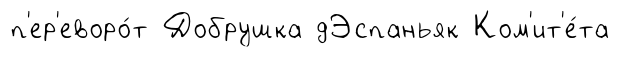
п'ер'еворо́т Добрушка дЭспаньяк Ком'ит'е́та